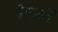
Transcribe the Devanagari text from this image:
वेगानी